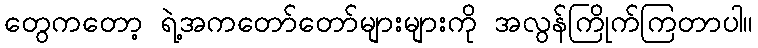
တွေကတော့ ရဲ့အကတော်တော်များများကို အလွန်ကြိုက်ကြတာပါ။